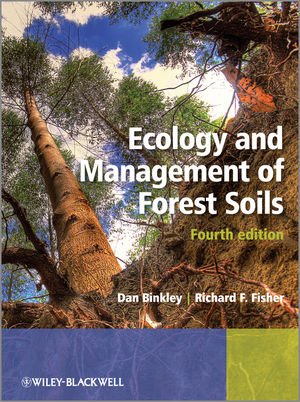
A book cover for Ecology and Management of Forest Soils; Dan Binkley; Science & Math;